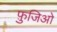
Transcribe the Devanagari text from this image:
फ़ुजिओ